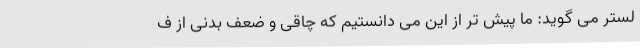
لستر می گوید: ما پیش تر از این می دانستیم که چاقی و ضعف بدنی از ف